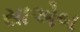
સાએબ